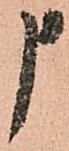
申